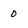
Character: o